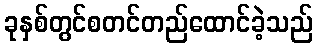
ခုနှစ်တွင်စတင်တည်ထောင်ခဲ့သည်